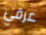
عرقي